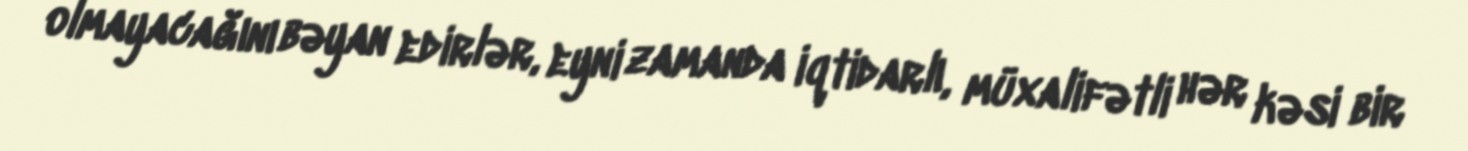
olmayacağını bəyan edirlər, eyni zamanda iqtidarlı, müxalifətli hər kəsi bir